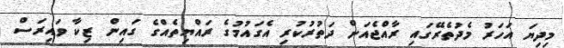
މިދިޔަ އަހަރު މެދުތެރޭގައި ރާއްޖެއަށް ދަތުރުކުރި އެގައުމުގެ ރައްޔިތެއްގެ ގައިން ޒިކާ ވައިރަސް